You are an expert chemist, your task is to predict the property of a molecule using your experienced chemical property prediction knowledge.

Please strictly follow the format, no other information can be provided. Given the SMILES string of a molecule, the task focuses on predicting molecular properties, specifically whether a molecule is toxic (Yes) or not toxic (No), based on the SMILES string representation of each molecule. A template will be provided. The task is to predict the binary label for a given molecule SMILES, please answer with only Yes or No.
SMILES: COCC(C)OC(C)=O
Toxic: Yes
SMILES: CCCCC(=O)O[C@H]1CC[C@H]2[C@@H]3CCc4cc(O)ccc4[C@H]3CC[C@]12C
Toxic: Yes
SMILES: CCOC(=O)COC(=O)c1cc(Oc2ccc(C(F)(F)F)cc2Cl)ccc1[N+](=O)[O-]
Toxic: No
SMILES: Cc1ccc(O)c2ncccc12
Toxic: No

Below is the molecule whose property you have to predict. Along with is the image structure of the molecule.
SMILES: CCCCc1oc2ccccc2c1C(=O)c1cc(I)c(OCCN(CC)CC)c(I)c1
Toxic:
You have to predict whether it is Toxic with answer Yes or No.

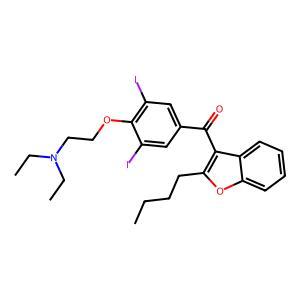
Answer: No